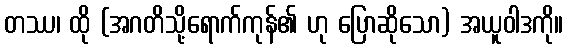
တဿ၊ ထို (အဂတိသို့ရောက်ကုန်၏ ဟု ပြောဆိုသော) အယူဝါဒကို။